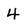
Character: 4